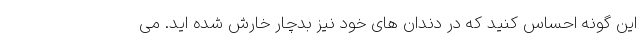
این گونه احساس کنید که در دندان های خود نیز بدچار خارش شده اید. می